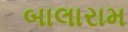
બાલારામ